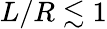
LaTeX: L/R\lesssim 1